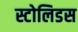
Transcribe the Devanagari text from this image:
स्टोलिडस